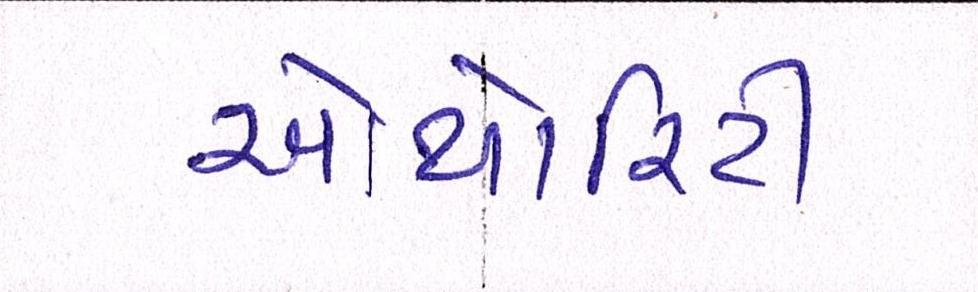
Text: ઓથોરિટી